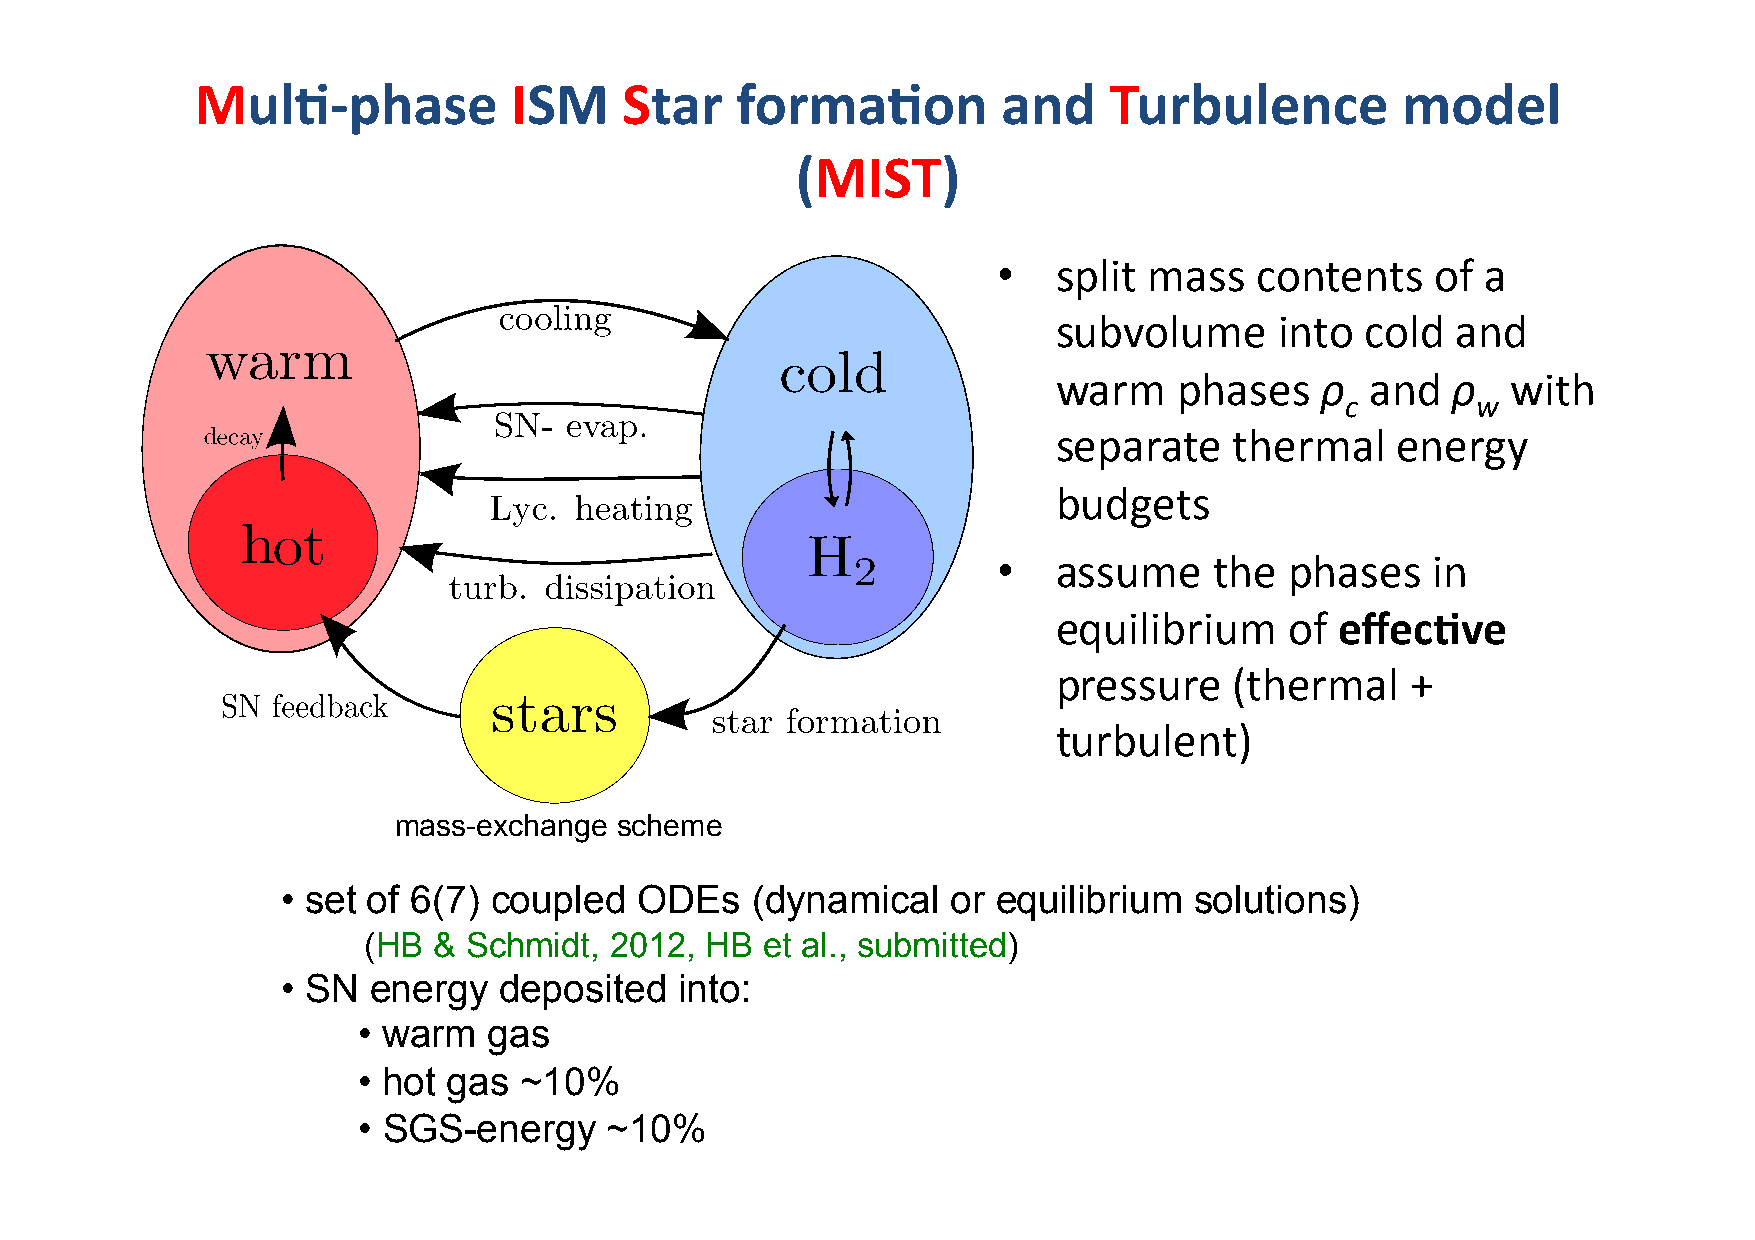
Mul/-­‐phase         ISM    Star    forma/on         and    Turbulence          model
 (MIST)
 •   split mass   contents    of a
 subvolume      into cold  and
 warm    phases   ρ   and  ρ   with
 c        w
 separate    thermal   energy
 budgets
 •   assume    the  phases    in
 equilibrium    of  effec/ve
 pressure    (thermal   +
 turbulent)
 mass-exchange  scheme
 • set of 6(7) coupled  ODEs    (dynamical   or equilibrium  solutions)
 (HB  & Schmidt, 2012,  HB  et al., submitted)
 • SN energy   deposited   into:
 • warm  gas
 • hot gas ~10%
 • SGS-energy    ~10%